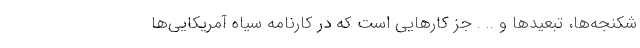
شکنجه‌ها، تبعیدها و .. . جز کارهایی است که در کارنامه سیاه آمریکایی‌ها